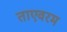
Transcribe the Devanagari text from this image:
ताएवरम